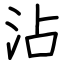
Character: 沾